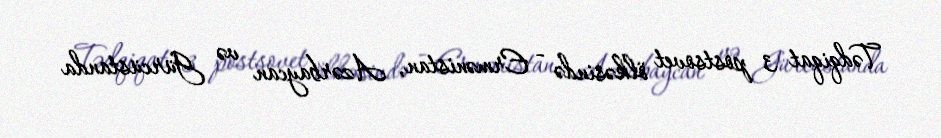
Tədqiqat 3 postsovet ölkəsində - Ermənistan, Azərbaycan və Gürcüstanda